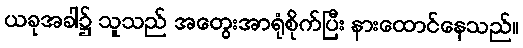
ယခုအခါ၌ သူသည် အတွေးအာရုံစိုက်ပြီး နားထောင်နေသည်။